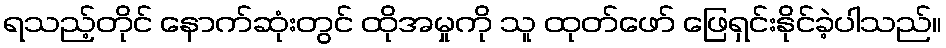
ရသည့်တိုင် နောက်ဆုံးတွင် ထိုအမှုကို သူ ထုတ်ဖော် ဖြေရှင်းနိုင်ခဲ့ပါသည်။